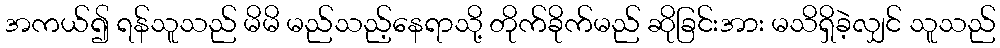
အကယ်၍ ရန်သူသည် မိမိ မည်သည့်နေရာသို့ တိုက်ခိုက်မည် ဆိုခြင်းအား မသိရှိခဲ့လျှင် သူသည်